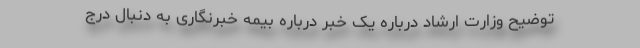
توضیح وزارت ارشاد درباره یک خبر درباره بیمه خبرنگاری به دنبال درج